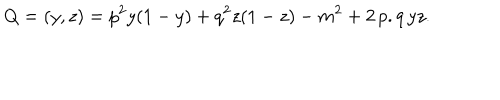
LaTeX: Q = ( y , z ) = p ^ { 2 } y ( 1 - y ) + q ^ { 2 } z ( 1 - z ) - m ^ { 2 } + 2 \, p . q \, y z .